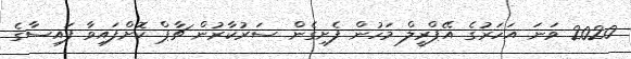
2020 ވަނަ އަހަރުގެ އޭޕްރީލް މަހުން ފެށިގެން ސަރުކާރުން ޗާޕް ކޮށްފައިވާ ފައިސާގެ